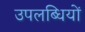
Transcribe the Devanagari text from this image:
उपलब्धियों